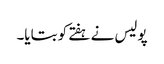
پولیس نے ہفتے کو بتایا۔